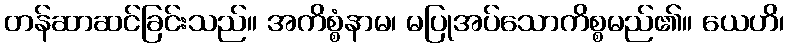
တန်ဆာဆင်ခြင်းသည်။ အကိစ္စံနာမ၊ မပြုအပ်သောကိစ္စမည်၏။ ယေဟိ၊